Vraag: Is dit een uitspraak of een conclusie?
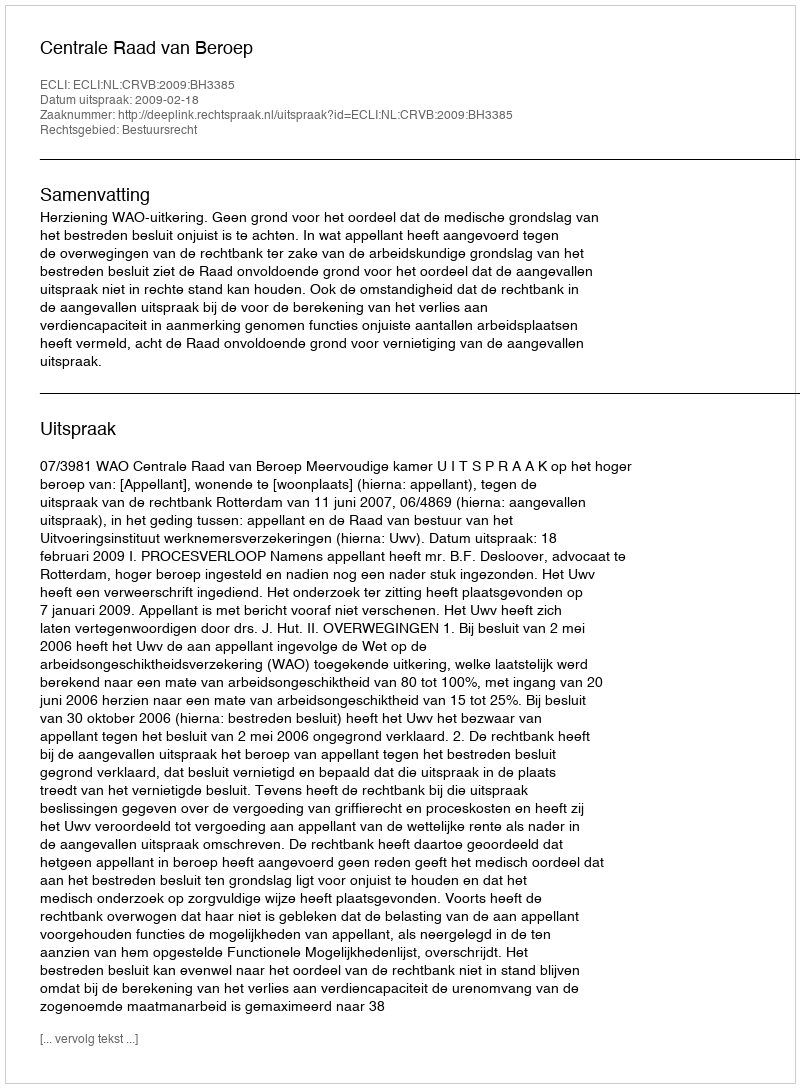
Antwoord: Uitspraak